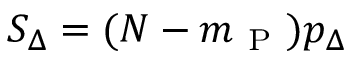
S _ { \Delta } = ( N - m _ { \mathrm { ~ P ~ } } ) p _ { \Delta }